Indian journal of veterinary science and animal husbandry - Volume 8,
Year: 1938
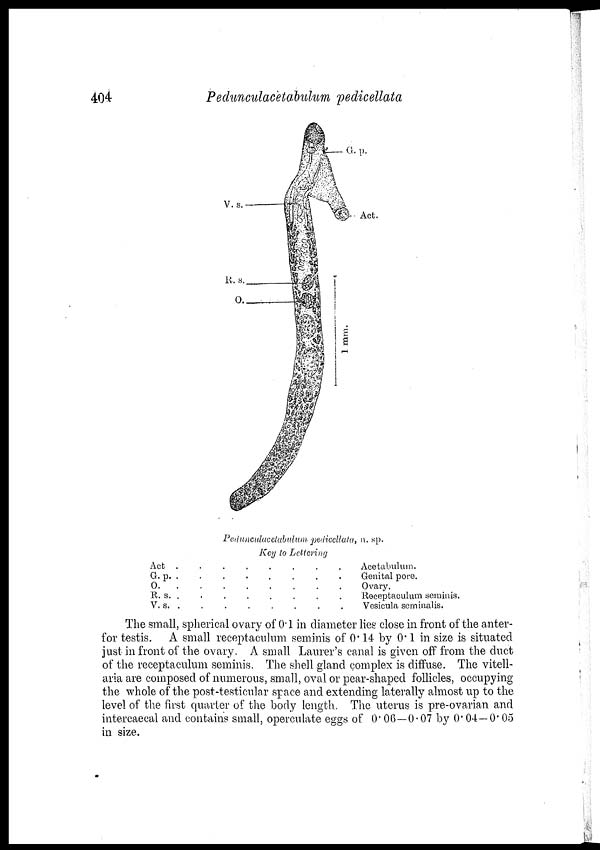
404
Pedunculacetabulum pedicellata
Pedunculacelabulum pediccllata, n. sp.
Key to Lettering
Act .
G.p. .
O. .
R. s. .
V. s. .
. . . . . . . Acetabulum.
. . . . . . . Genital pore.
. . . . . . . Ovary.
.
.
.
.
.
.
.
Receptaculum seminis.
. . . . . . . Vesicula seminalis.
The small, spherical ovary of 0.1 in diameter lies close in front of the anter-
for testis. A small receptaculum seminis of 0.14 by 0.1 in size is situated
just in front of the ovary. A small Laurer's canal is given off from the duct
of the receptaculum seminis. The shell gland complex is diffuse. The vitell-
aria are composed of numerous, small, oval or pear-shaped follicles, occupying
the whole of the post-testicular space and extending laterally almost up to the
level of the first quarter of the body length. The uterus is pre-ovarian and
intercaecal and contains small, operculate eggs of 0.06—0.07 by 0.04—0.05
in size.